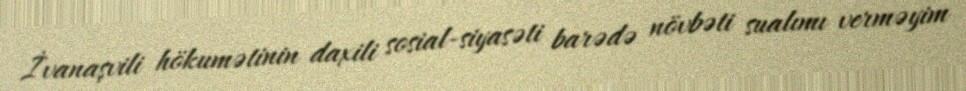
İvanaşvili hökumətinin daxili sosial-siyasəti barədə növbəti sualımı verməyim